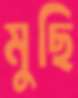
মুছি